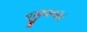
જીવનાર